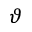
\vartheta